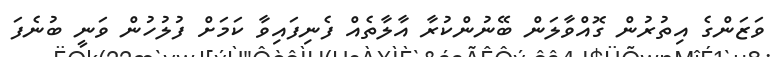
ވަޒަންގެ އިތުރުން ގޮއްވާލަން ބޭނުންކުރާ އާލާތެއް ފެނިފައިވާ ކަމަށް ފުލުހުން ވަނީ ބުނެފަ